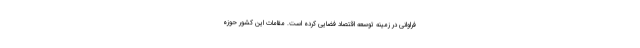
فراوانی در زمینه توسعه اقتصاد فضایی کرده است. مقامات این کشور حوزه